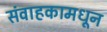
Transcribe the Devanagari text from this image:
संवाहकामधून